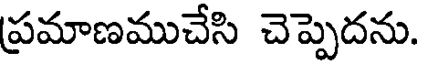
ప్రమాణముచేసి చెప్పెదను.